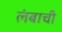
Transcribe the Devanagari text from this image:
लंबाची